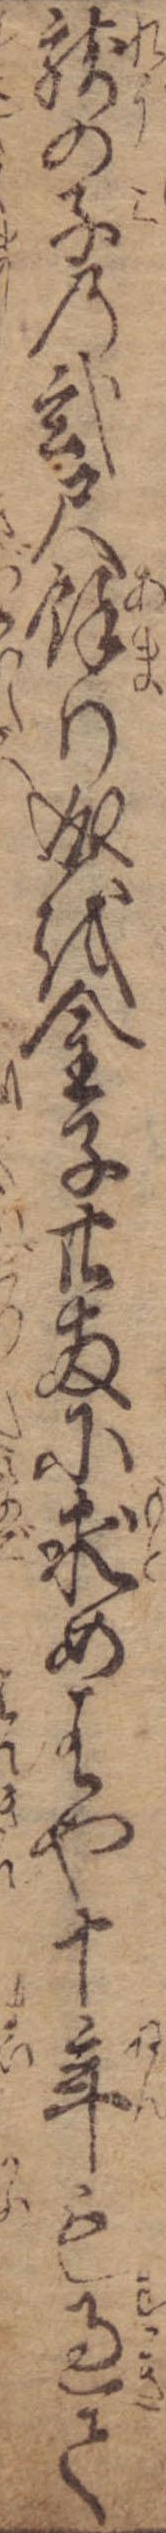
竜の子の弐尺余り成を金子廿両に求めはや十年も過て